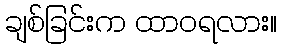
ချစ်ခြင်းက ထာဝရလား။